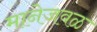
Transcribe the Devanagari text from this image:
मानेजवळ